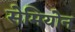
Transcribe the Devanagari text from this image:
सेमियोन